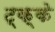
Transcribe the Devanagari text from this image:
ट्क्के